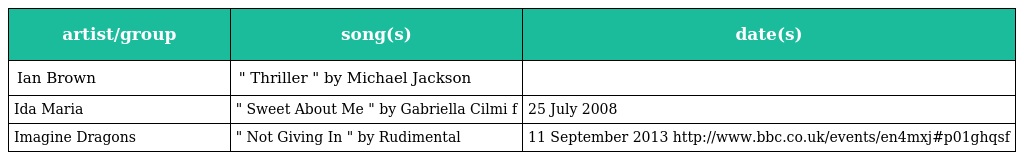
| artist/group | song(s) | date(s) |
 | --- | --- | --- |
 | Ian Brown | " Thriller " by Michael Jackson |  |
 | Ida Maria | " Sweet About Me " by Gabriella Cilmi f | 25 July 2008 |
 | Imagine Dragons | " Not Giving In " by Rudimental | 11 September 2013 http://www.bbc.co.uk/events/en4mxj#p01ghqsf |